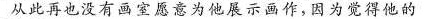
此此再也没有画室愿意为他展示画作，因为觉得他的